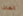
لماذا